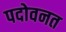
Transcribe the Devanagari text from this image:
पदोवनत